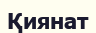
Қиянат